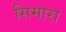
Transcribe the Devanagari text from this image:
सिमारा